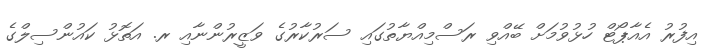
އިފުރު އެއާޕޯޓް ހުޅުވުމަށް ބޭއްވި ރަސްމިއްޔާތުގައި ސަރުކާރުގެ ވަޒީރުންނާއި ރ. އަތޮޅު ކައުންސިލްގެ